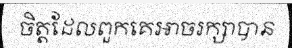
ចិត្តដែលពួកគេអាចរក្សាបាន